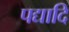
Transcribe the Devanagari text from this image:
पद्यादि